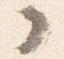
ノ